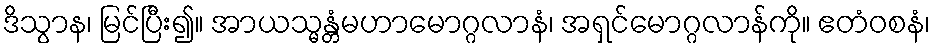
ဒိသွာန၊ မြင်ပြီး၍။ အာယသ္မန္တံမဟာမောဂ္ဂလာနံ၊ အရှင်မောဂ္ဂလာန်ကို။ ဧတံဝစနံ၊